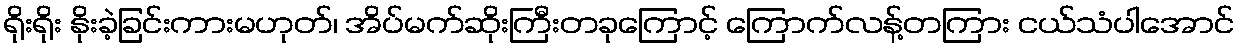
ရိုးရိုး နိုးခဲ့ခြင်းကားမဟုတ်၊ အိပ်မက်ဆိုးကြီးတခုကြောင့် ကြောက်လန့်တကြား ငယ်သံပါအောင်